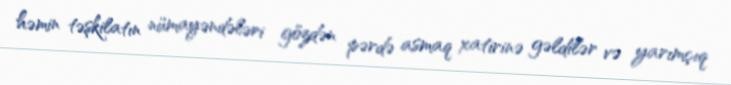
həmin təşkilatın nümayəndələri gözdən pərdə asmaq xatirinə gəldilər və yarımçıq